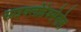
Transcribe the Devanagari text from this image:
साइक्लोहेक्सेनोल